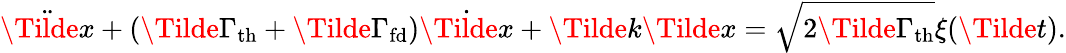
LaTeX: \ddot{\Tilde{x}}+(\Tilde{\Gamma}_{\mathrm{th}}+\Tilde{\Gamma}_{\mathrm{fd}})\dot{\Tilde{x}}+\Tilde{k}\Tilde{x}=\sqrt{2\Tilde{\Gamma}_{\mathrm{th}}}\xi(\Tilde{t}).